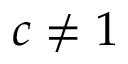
c \ne 1